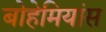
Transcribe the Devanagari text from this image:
बोहेमियांस